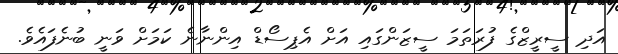
އަދި ސީރީޒްގެ ފުރަތަމަ ސީޒަންގައި އަށް އެޕިސޯޑް އިންނާނެ ކަމަށް ވަނީ ބުނެފައެވެ.